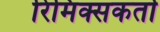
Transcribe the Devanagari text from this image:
रिमिक्सकर्ता